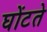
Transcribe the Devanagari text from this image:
घोंटते